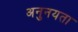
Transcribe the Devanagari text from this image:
अनुनयता